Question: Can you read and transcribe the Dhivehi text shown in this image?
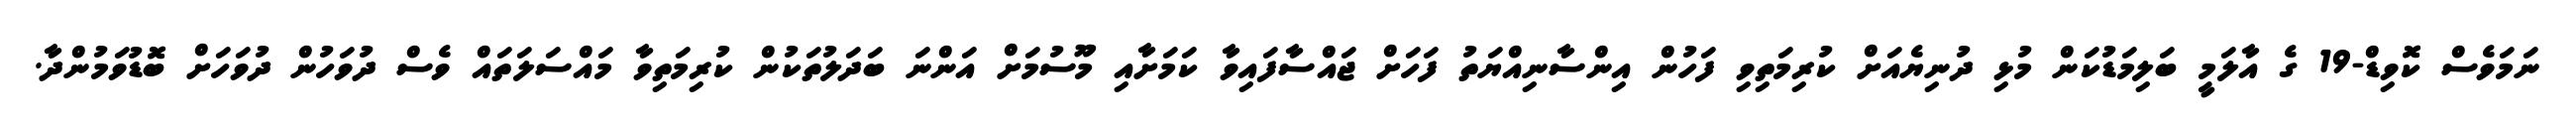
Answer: ނަމަވެސް ކޮވިޑް-19 ގެ އާލަމީ ބަލިމަޑުކަން މުޅި ދުނިޔެއަށް ކުރިމަތިވި ފަހުން އިންސާނިއްޔަތު ފަހަށް ޖައްސާފައިވާ ކަމަށާއި މޫސުމަށް އަންނަ ބަދަލުތަކުން ކުރިމަތިވާ މައްސަލަތައް ވެސް ދުވަހުން ދުވަހަށް ބޮޑުވަމުންދާ.